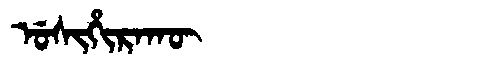
Manchu: ᡠᠰᡳᡥᡳᡵᠠᡴᡡ
Romanization: USIHIRAKŪ